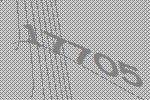
17705